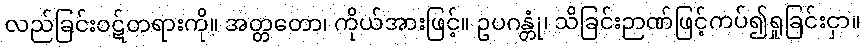
လည်ခြင်းဝဋ်တရားကို။ အတ္တတော၊ ကိုယ်အားဖြင့်။ ဥပဂန္တုံ၊ သိခြင်းဉာဏ်ဖြင့်ကပ်၍ရှုခြင်းငှာ။